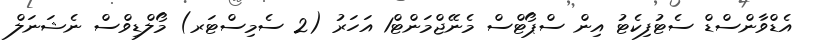
އެޑްވާންސްޑް ސެޓުފިކެޓު އިން ސްޕޯޓްސް މެނޭޖްމަންޓް1 އަހަރު (2 ސެމިސްޓަރ) މޯލްޑިވްސް ނެޝަނަލް